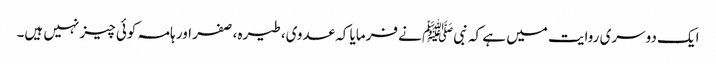
ایک دوسری روایت میں ہے کہ نبیﷺ نے فرمایا کہ عدوی، طیرہ، صفر اور ہامہ کوئی چیز نہیں ہیں۔